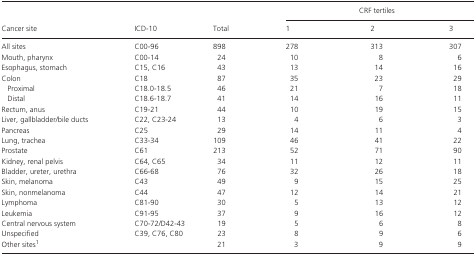
<table><thead><tr><td rowspan="2"><b>Cancer site</b></td><td rowspan="2"><b>ICD‐10</b></td><td rowspan="2"><b>Total</b></td><td colspan="3"><b>CRF tertiles</b></td></tr><tr><td><b>1</b></td><td><b>2</b></td><td><b>3</b></td></tr></thead><tbody><tr><td>All sites</td><td>C00‐96</td><td>898</td><td>278</td><td>313</td><td>307</td></tr><tr><td>Mouth, pharynx</td><td>C00‐14</td><td>24</td><td>10</td><td>8</td><td>6</td></tr><tr><td>Esophagus, stomach</td><td>C15, C16</td><td>43</td><td>13</td><td>14</td><td>16</td></tr><tr><td>Colon</td><td>C18</td><td>87</td><td>35</td><td>23</td><td>29</td></tr><tr><td>Proximal</td><td>C18.0‐18.5</td><td>46</td><td>21</td><td>7</td><td>18</td></tr><tr><td>Distal</td><td>C18.6‐18.7</td><td>41</td><td>14</td><td>16</td><td>11</td></tr><tr><td>Rectum, anus</td><td>C19‐21</td><td>44</td><td>10</td><td>19</td><td>15</td></tr><tr><td>Liver, gallbladder/bile ducts</td><td>C22, C23‐24</td><td>13</td><td>4</td><td>6</td><td>3</td></tr><tr><td>Pancreas</td><td>C25</td><td>29</td><td>14</td><td>11</td><td>4</td></tr><tr><td>Lung, trachea</td><td>C33‐34</td><td>109</td><td>46</td><td>41</td><td>22</td></tr><tr><td>Prostate</td><td>C61</td><td>213</td><td>52</td><td>71</td><td>90</td></tr><tr><td>Kidney, renal pelvis</td><td>C64, C65</td><td>34</td><td>11</td><td>12</td><td>11</td></tr><tr><td>Bladder, ureter, urethra</td><td>C66‐68</td><td>76</td><td>32</td><td>26</td><td>18</td></tr><tr><td>Skin, melanoma</td><td>C43</td><td>49</td><td>9</td><td>15</td><td>25</td></tr><tr><td>Skin, nonmelanoma</td><td>C44</td><td>47</td><td>12</td><td>14</td><td>21</td></tr><tr><td>Lymphoma</td><td>C81‐90</td><td>30</td><td>5</td><td>13</td><td>12</td></tr><tr><td>Leukemia</td><td>C91‐95</td><td>37</td><td>9</td><td>16</td><td>12</td></tr><tr><td>Central nervous system</td><td>C70‐72/D42‐43</td><td>19</td><td>5</td><td>6</td><td>8</td></tr><tr><td>Unspecified</td><td>C39, C76, C80</td><td>23</td><td>8</td><td>9</td><td>6</td></tr><tr><td>Other sitesa</td><td></td><td>21</td><td>3</td><td>9</td><td>9</td></tr></tbody></table>